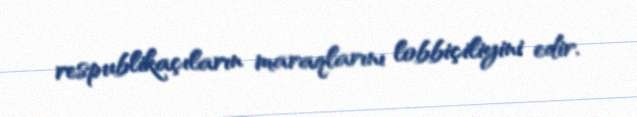
respublikaçıların maraqlarını lobbiçiliyini edir.